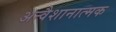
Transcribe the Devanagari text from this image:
अन्वैशानात्मक